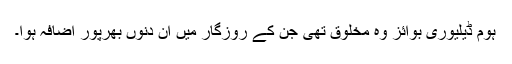
ہوم ڈیلیوری بوائز وہ مخلوق تھی جن کے روزگار میں ان دنوں بھرپور اضافہ ہوا۔